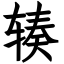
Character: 辏